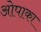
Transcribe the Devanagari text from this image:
ओपाका